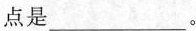
点是___。